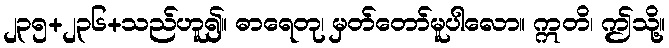
၂၃၅+၂၃၆+သည်ဟူ၍။ ဓာရေတု၊ မှတ်တော်မူပါလော။ ဣတိ၊ ဤသို့။